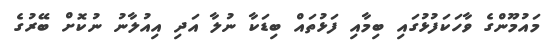
މައުމޫންގެ ވާހަކަފުޅުގައި ބިމާއި ފަޅުތައް ބިޑަކާ ނުލާ އަދި އިއުލާނު ނުކޮށް ބޭރުގެ